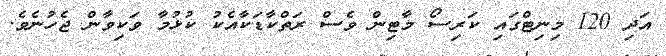
އަދި 120 މިނިޓްގައި ކަރިސޯ މާޓިން ވެސް ރަތްކާޑަކާއެކު ކުޅުމާ ވަކިވާން ޖެހުނެވެ.